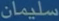
سليمان